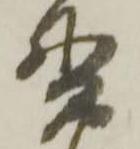
貫